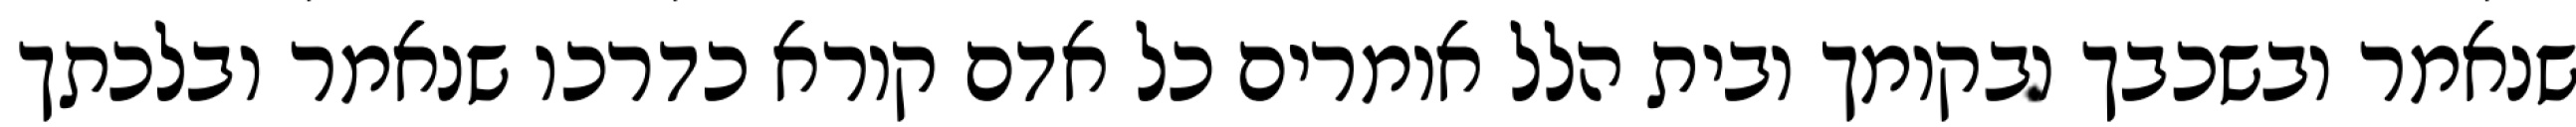
שנאמר ובשכבך ובקומך ובית הלל אומרים כל אדם קורא כדרכו שנאמר ובלכתך